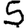
Digit: 5